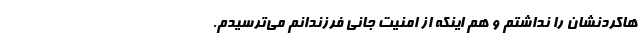
هاکردنشان را نداشتم و هم اینکه از امنیت جانی فرزندانم می‌ترسیدم.